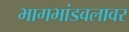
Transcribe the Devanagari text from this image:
भागभांडवलावर